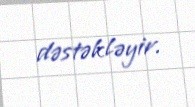
dəstəkləyir.